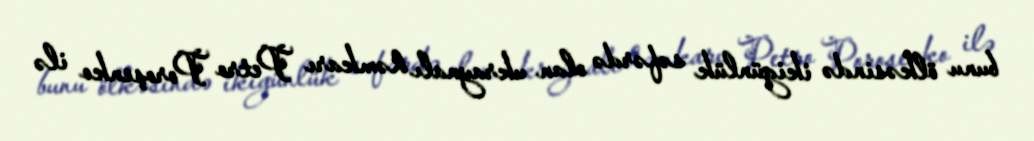
bunu ölkəsində ikigünlük səfərdə olan ukraynalı həmkarı Petro Poroşenko ilə